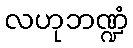
လဟုဘဏ္ဍံ